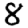
Digit: 8